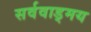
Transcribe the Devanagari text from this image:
सर्ववाड्मय